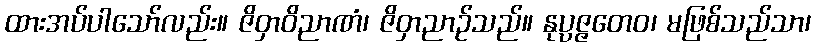
ထားအပ်ပါသော်လည်း။ ဇိဝှာဝိညာဏံ၊ ဇိဝှာညာဉ်သည်။ နုပ္ပဇ္ဇတေဝ၊ မဖြစ်သည်သာ၊